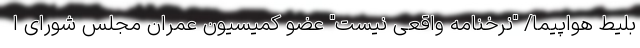
بلیط هواپیما/ "نرخنامه واقعی نیست" عضو کمیسیون عمران مجلس شورای ا